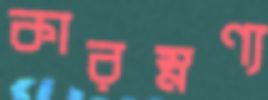
কারম্নণ্য